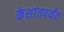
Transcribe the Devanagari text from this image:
केशांतपर्यंत